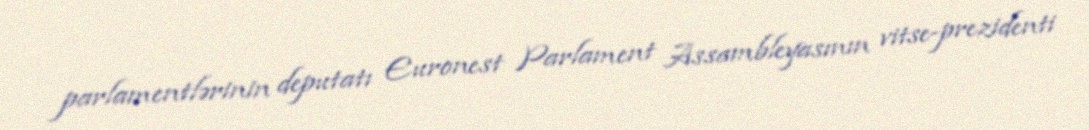
parlamentlərinin deputatı Euronest Parlament Assambleyasının vitse-prezidenti